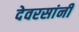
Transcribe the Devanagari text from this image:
देवरसांनी